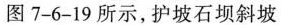
图7-6-19所示，护坡石坝斜坡